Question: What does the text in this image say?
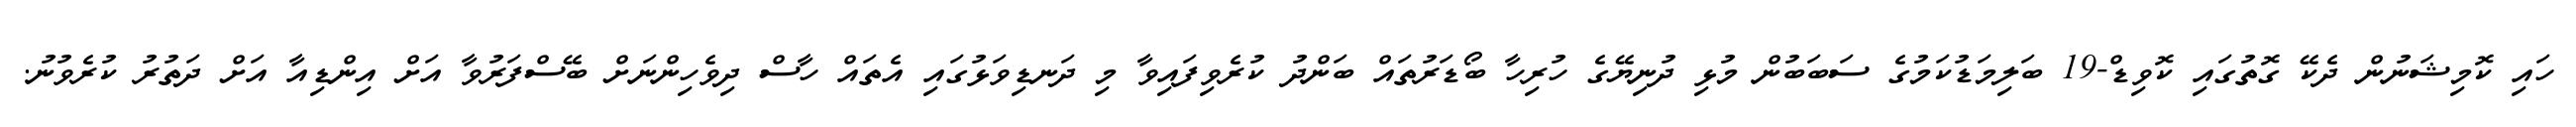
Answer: ހައި ކޮމިޝަނުން ދެކޭ ގޮތުގައި ކޮވިޑް-19 ބަލިމަޑުކަމުގެ ސަބަބުން މުޅި ދުނިޔޭގެ ހުރިހާ ބޯޑަރުތައް ބަންދު ކުރެވިފައިވާ މި ދަނޑިވަޅުގައި އެތައް ހާސް ދިވެހިންނަށް ބޭސްފަރުވާ އަށް އިންޑިއާ އަށް ދަތުރު ކުރެވުނު.